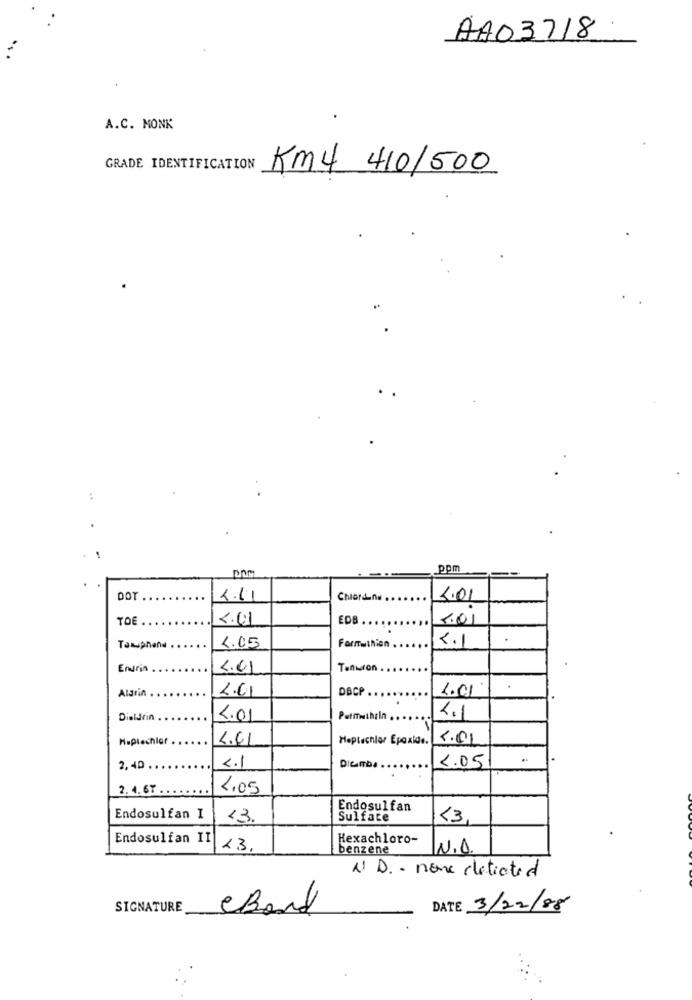
AA03718
A.C. MONK
GRADE IDENTIFICATION
Km4 410/500
ppm
DOT
2.1
ChionLine .
2.01
TOE
4.01
EDB.
2.01
....
Formuthion
2.1
Tanuiphone
4.05
Endrin
4.01
Tenwron
Aldrin
2.01
DBCP
1.01
Dieldrin
4.01
Putmuthaln
4.1
Huplechlar
4.41
Heptechlor Epoxide.
4.01
2.05
2, 40
2.1
2.4.67 ..
1.05
Endosulfan
Endosulfan I
13.
Sulfate
<3
Endosulfan II
Hexachloro-
23.
benzene
N.O.
1. D. - nome detiated
SIGNATURE
eBand
DATE 3/22/88